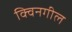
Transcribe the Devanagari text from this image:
क्विनगील